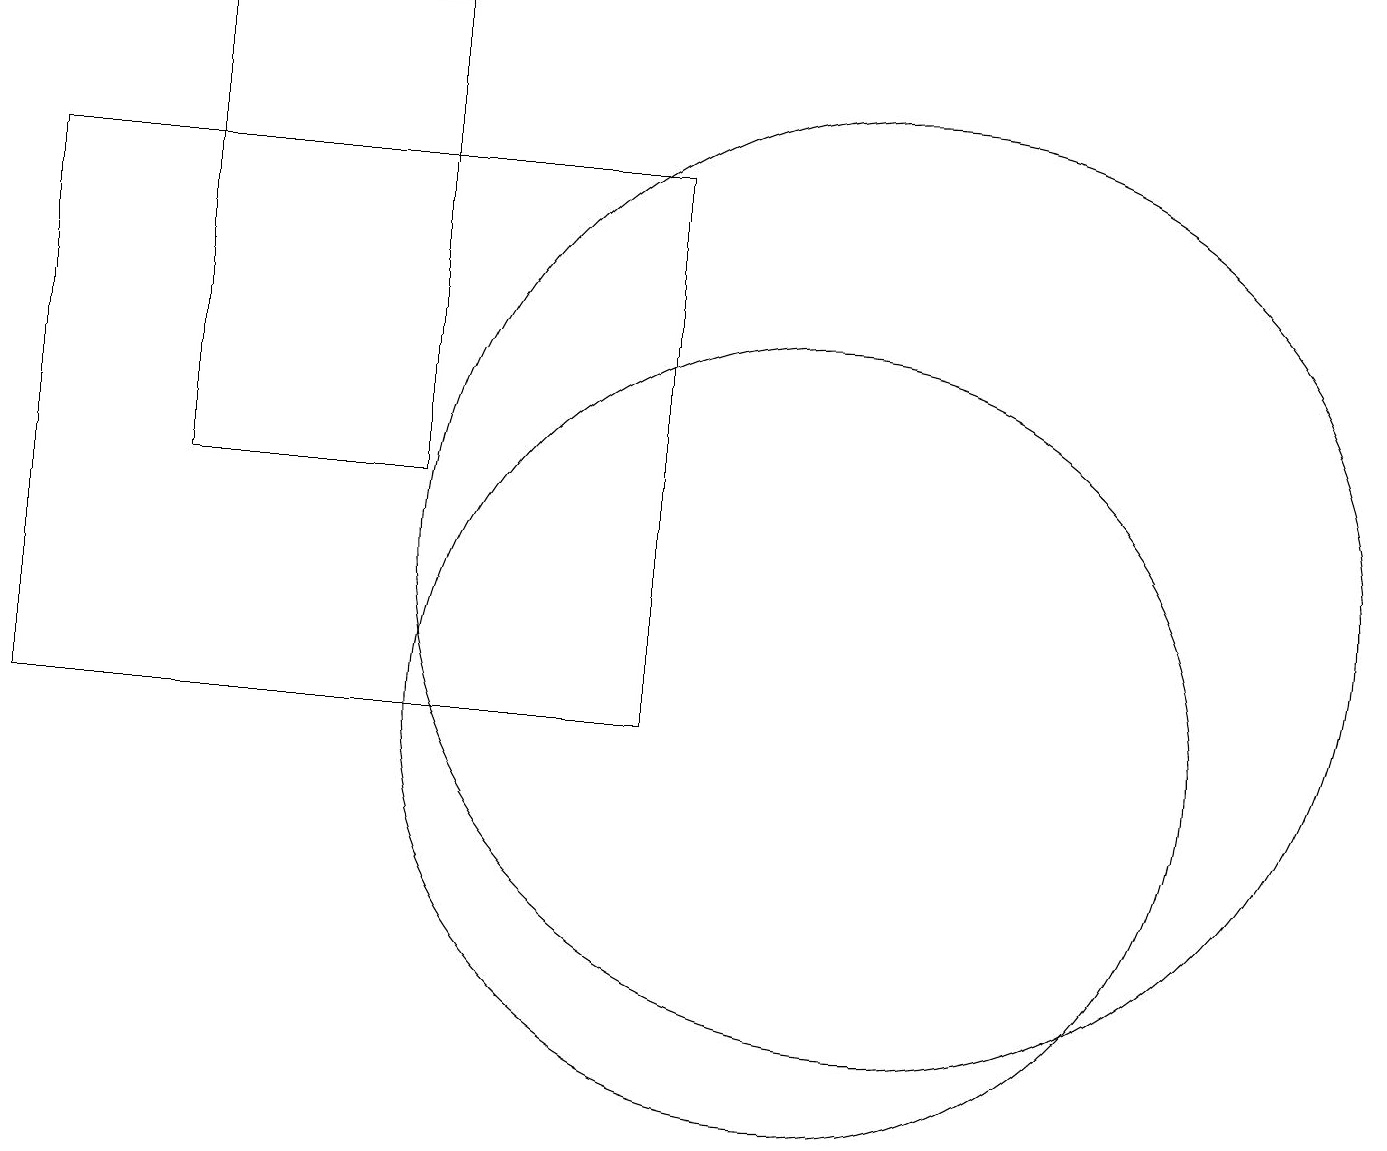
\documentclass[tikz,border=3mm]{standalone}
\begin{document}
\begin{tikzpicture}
\draw (11,10) circle (5);
\draw (12,12) circle (6);
\draw (6,19) rectangle (3,13);
\draw (9,17) rectangle (1,10);
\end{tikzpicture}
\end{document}